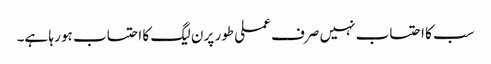
سب کا احتساب نہیں صرف عملی طور پر ن لیگ کا احتساب ہو رہا ہے۔